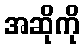
အဆိုကို